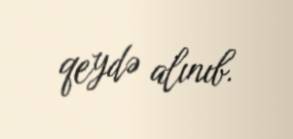
qeydə alınıb.